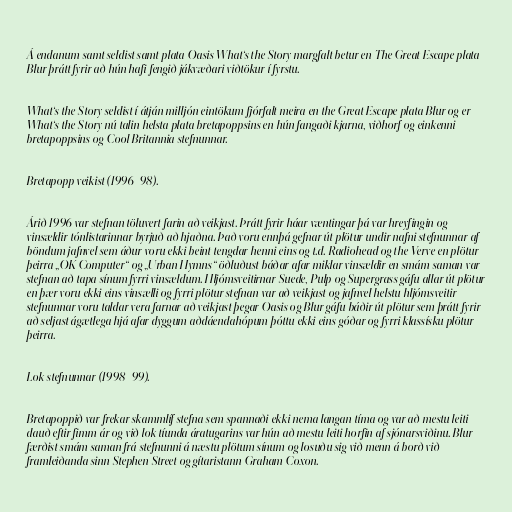
Á endanum samt seldist samt plata Oasis What‘s the Story margfalt betur en The Great Escape plata
Blur þrátt fyrir að hún hafi fengið jákvæðari viðtökur í fyrstu.

What‘s the Story seldist í átján milljón eintökum fjórfalt meira en the Great Escape plata Blur og er
What‘s the Story nú talin helsta plata bretapoppsins en hún fangaði kjarna, viðhorf og einkenni
bretapoppsins og Cool Britannia stefnunnar.

Bretapopp veikist (1996–98).

Árið 1996 var stefnan töluvert farin að veikjast. Þrátt fyrir háar væntingar þá var hreyfingin og
vinsældir tónlistarinnar byrjuð að hjaðna. Það voru ennþá gefnar út plötur undir nafni stefnunnar af
böndum jafnvel sem áður voru ekki beint tengdar henni eins og t.d. Radiohead og the Verve en plötur
þeirra „OK Computer“ og „Urban Hymns“ öðluðust báðar afar miklar vinsældir en smám saman var
stefnan að tapa sínum fyrri vinsældum. Hljómsveitirnar Suede, Pulp og Supergrass gáfu allar út plötur
en þær voru ekki eins vinsælli og fyrri plötur stefnan var að veikjast og jafnvel helstu hljómsveitir
stefnunnar voru taldar vera farnar að veikjast þegar Oasis og Blur gáfu báðir út plötur sem þrátt fyrir
að seljast ágætlega hjá afar dyggum aðdáendahópum þóttu ekki eins góðar og fyrri klassísku plötur
þeirra.

Lok stefnunnar (1998–99).

Bretapoppið var frekar skammlíf stefna sem spannaði ekki nema langan tíma og var að mestu leiti
dauð eftir fimm ár og við lok tíunda áratugarins var hún að mestu leiti horfin af sjónarsviðinu. Blur
færðist smám saman frá stefnunni á næstu plötum sínum og losuðu sig við menn á borð við
framleiðanda sinn Stephen Street og gítaristann Graham Coxon.